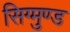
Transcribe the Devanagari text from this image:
सिग्मुण्ड